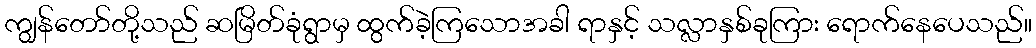
ကျွန်တော်တို့သည် ဆမြိတ်ခုံရွာမှ ထွက်ခဲ့ကြသောအခါ ရာနှင့် သလ္လာနှစ်ခုကြား ရောက်နေပေသည်။